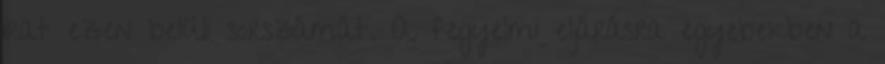
irat ezen belüli sorszámát. A fegyelmi eljárásra egyebekben a